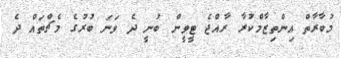
މުބާރާތް އިންތިޒާމްކުރާ ރާއްޖެ ޓީވީން ބުނީ ދެ ވަނަ ބުރުގެ މެޗްތައް ދެ